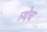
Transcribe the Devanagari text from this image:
त्र्थेच